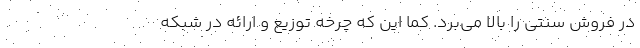
در فروش سنتی را بالا می‌برد. کما این که چرخه توزیع و ارائه در شبکه